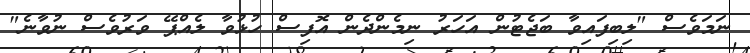
ނަމަވެސް "ލިބިފައިވާ ބަޖެޓުން އަހަރު ނިމެންދެން އޮފިސް ހުޅުވާ ލެއްޕޭ ވަރުވެސް ނުވާނެ"